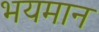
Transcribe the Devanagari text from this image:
भयमान